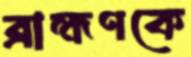
ব্রাহ্মণকে